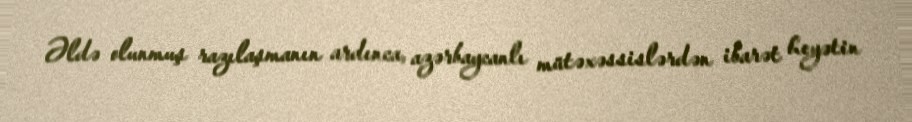
Əldə olunmuş razılaşmanın ardınca, azərbaycanlı mütəxəssislərdən ibarət heyətin